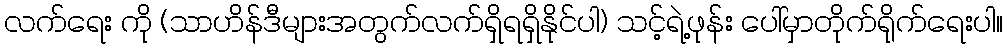
လက်ရေး ကို (သာဟိန်ဒီများအတွက်လက်ရှိရရှိနိုင်ပါ) သင့်ရဲ့ဖုန်း ပေါ်မှာတိုက်ရိုက်ရေးပါ။